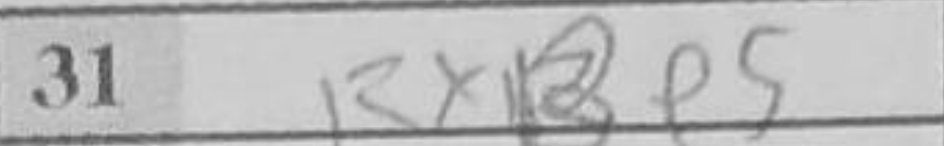
Transcription: RxBe5